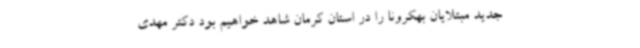
جدید مبتلایان بهکرونا را در استان کرمان شاهد خواهیم بود دکتر مهدی